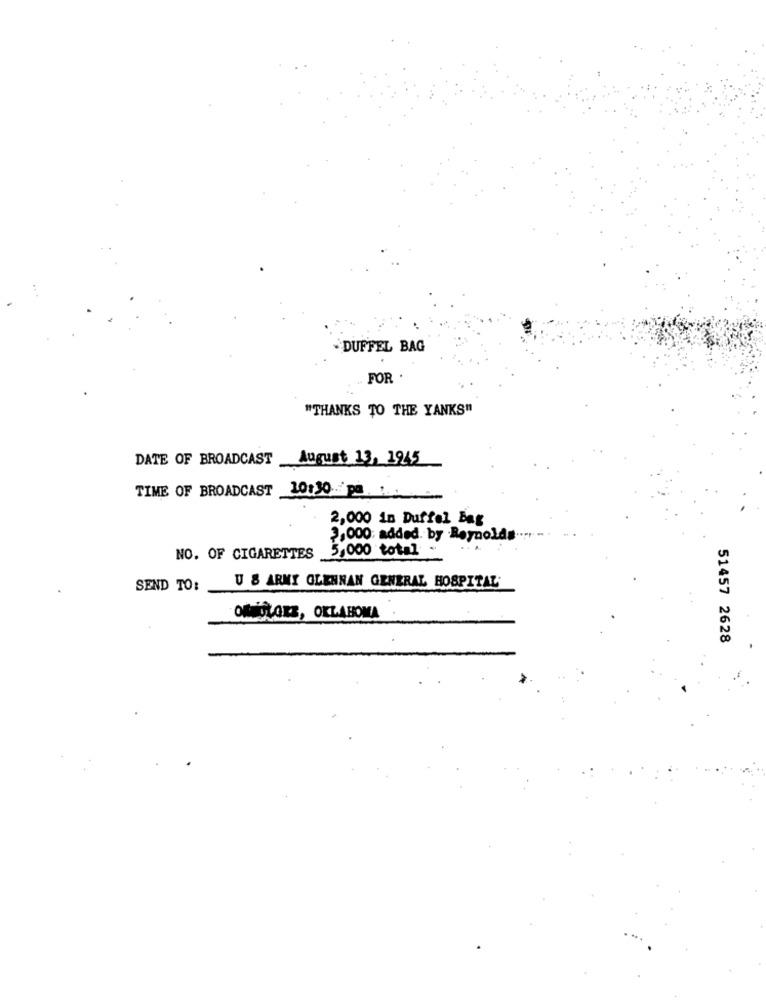
DUFFEL BAG
FOR
"THANKS TO THE YANKS"
DATE OF BROADCAST August 13, 1945
TIME OF BROADCAST 10:30 ..: 'pa . .....
2,000 in Duffel Bag
3,000: added. by Reynolds
5,000 total -
NO. OF CIGARETTES
SEND TO:
U 8 ARMY GLENNAN GENERAL HOSPITAL
ONSOLORZ, OKLAHOMA
51457 2628